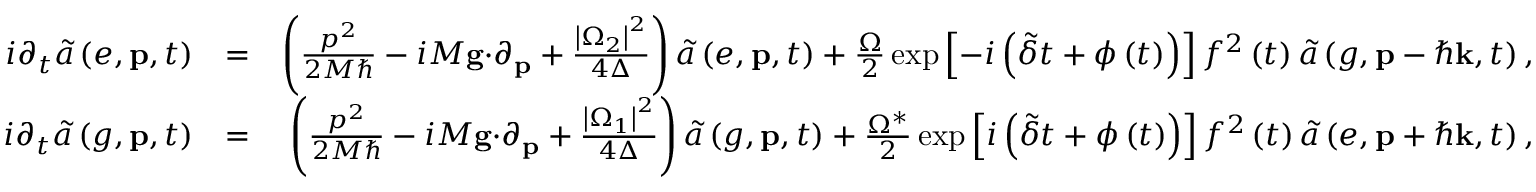
\begin{array} { r l r } { i \partial _ { t } \tilde { a } \left( e , \mathbf { p } , t \right) } & { = } & { \left( \frac { p ^ { 2 } } { 2 M \hbar } - i M \mathbf { g \cdot } \partial _ { \mathbf { p } } + \frac { \left\vert \Omega _ { 2 } \right\vert ^ { 2 } } { 4 \Delta } \right) \tilde { a } \left( e , \mathbf { p } , t \right) + \frac { \Omega } { 2 } \exp \left[ - i \left( \tilde { \delta } t + \phi \left( t \right) \right) \right] f ^ { 2 } \left( t \right) \tilde { a } \left( g , \mathbf { p } - \hbar \mathbf { k } , t \right) , } \\ { i \partial _ { t } \tilde { a } \left( g , \mathbf { p } , t \right) } & { = } & { \left( \frac { p ^ { 2 } } { 2 M \hbar } - i M \mathbf { g \cdot } \partial _ { \mathbf { p } } + \frac { \left\vert \Omega _ { 1 } \right\vert ^ { 2 } } { 4 \Delta } \right) \tilde { a } \left( g , \mathbf { p } , t \right) + \frac { \Omega ^ { \ast } } { 2 } \exp \left[ i \left( \tilde { \delta } t + \phi \left( t \right) \right) \right] f ^ { 2 } \left( t \right) \tilde { a } \left( e , \mathbf { p } + \hbar \mathbf { k } , t \right) , } \end{array}